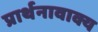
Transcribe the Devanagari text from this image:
प्रार्थनावाक्य